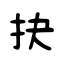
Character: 抉